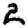
Digit: 2